Civil Veterinary Dept. North-West Frontier Province 1901-22 - 1901-1922
Year: 1901
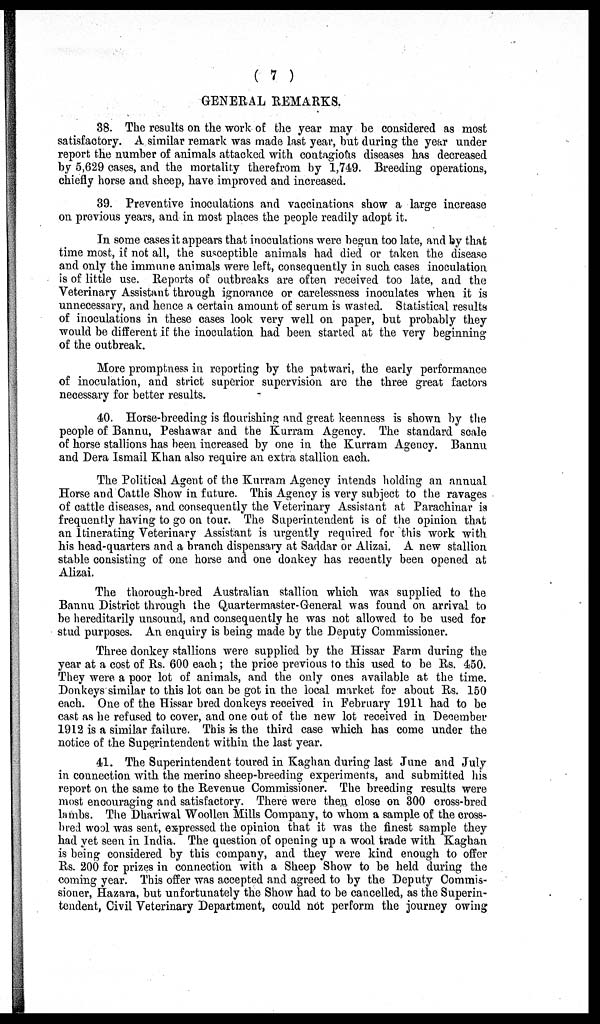
( 7 )
GENERAL REMARKS.
38. The results on the work of the year may be considered as most
satisfactory. A similar remark was made last year, but during the year under
report the number of animals attacked with contagious diseases has decreased
by 5,629 cases, and the mortality therefrom by 1,749. Breeding operations,
chiefly horse and sheep, have improved and increased.
39. Preventive inoculations and vaccinations show a large increase
on previous years, and in most places the people readily adopt it.
In some cases it appears that inoculations were begun too late, and by that
time most, if not all, the susceptible animals had died or taken the disease
and only the immune animals were left, consequently in such cases inoculation
is of little use. Reports of outbreaks are often received too late, and the
Veterinary Assistant through ignorance or carelessness inoculates when it is
unnecessary, and hence a certain amount of serum is wasted. Statistical results
of inoculations in these cases look very well on paper, but probably they
would be different if the inoculation had been started at the very beginning
of the outbreak.
More promptness in reporting by the patwari, the early performance
of inoculation, and strict superior supervision are the three great factors
necessary for better results.
40. Horse-breeding is flourishing and great keenness is shown by the
people of Bannu, Peshawar and the Kurram Agency. The standard scale
of horse stallions has been increased by one in the Kurram Agency. Bannu
and Dera Ismail Khan also require an extra stallion each.
The Political Agent of the Kurram Agency intends holding an annual
Horse and Cattle Show in future. This Agency is very subject to the ravages
of cattle diseases, and consequently the Veterinary Assistant at Parachinar is
frequently having to go on tour. The Superintendent is of the opinion that
an Itinerating Veterinary Assistant is urgently required for this work with
his head-quarters and a branch dispensary at Saddar or Alizai. A new stallion
stable consisting of one horse and one donkey has recently been opened at
Alizai.
The thorough-bred Australian stallion which was supplied to the
Bannu District through the Quartermaster-General was found on arrival to
be hereditarily unsound, and consequently he was not allowed to be used for
stud purposes. An enquiry is being made by the Deputy Commissioner.
Three donkey stallions were supplied by the Hissar Farm during the
year at a cost of Rs. 600 each; the price previous to this used to be Rs. 450.
They were a poor lot of animals, and the only ones available at the time.
Donkeys similar to this lot can be got in the local market for about Rs. 150
each. One of the Hissar bred donkeys received in February 1911 had to be
cast as he refused to cover, and one out of the new lot received in December
1912 is a similar failure. This is the third case which has come under the
notice of the Superintendent within the last year.
41. The Superintendent toured in Kaghan during last June and July
in connection with the merino sheep-breeding experiments, and submitted his
report on the same to the Revenue Commissioner. The breeding results were
most encouraging and satisfactory. There were then close on 300 cross-bred
lambs. The Dhariwal Woollen Mills Company, to whom a sample of the cross-
bred wool was sent, expressed the opinion that it was the finest sample they
had yet seen in India. The question of opening up a wool trade with Kaghan
is being considered by this company, and they were kind enough to offer
Rs. 200 for prizes in connection with a Sheep Show to be held during the
coming year. This offer was accepted and agreed to by the Deputy Commis-
sioner, Hazara, but unfortunately the Show had to be cancelled, as the Superin-
tendent, Civil Veterinary Department, could not perform the journey owing